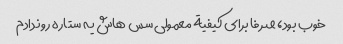
خوب بود، صرفا برای کیفیة معمولی سس هاش یه ستاره رو ندادم